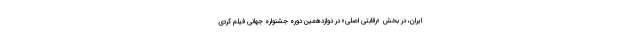
ایران، در بخش «رقابتی اصلی» در دوازدهمين دوره جشنواره جهانی فيلم کُردی